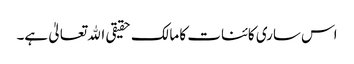
اس ساری کائنات کا مالک حقیقی اﷲ تعالیٰ ہے۔